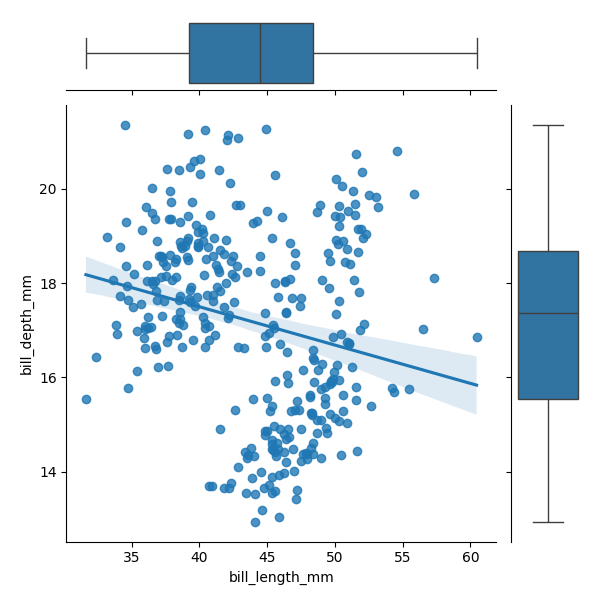
python, seaborn, JointGrid, regplot, boxplot